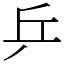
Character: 乒